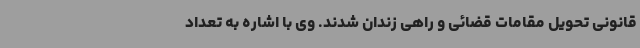
قانونی تحویل مقامات قضائی و راهی زندان شدند. وی با اشاره به تعداد